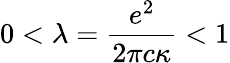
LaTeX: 0<\lambda={\frac{e^{2}}{2\pi c\kappa}}<1